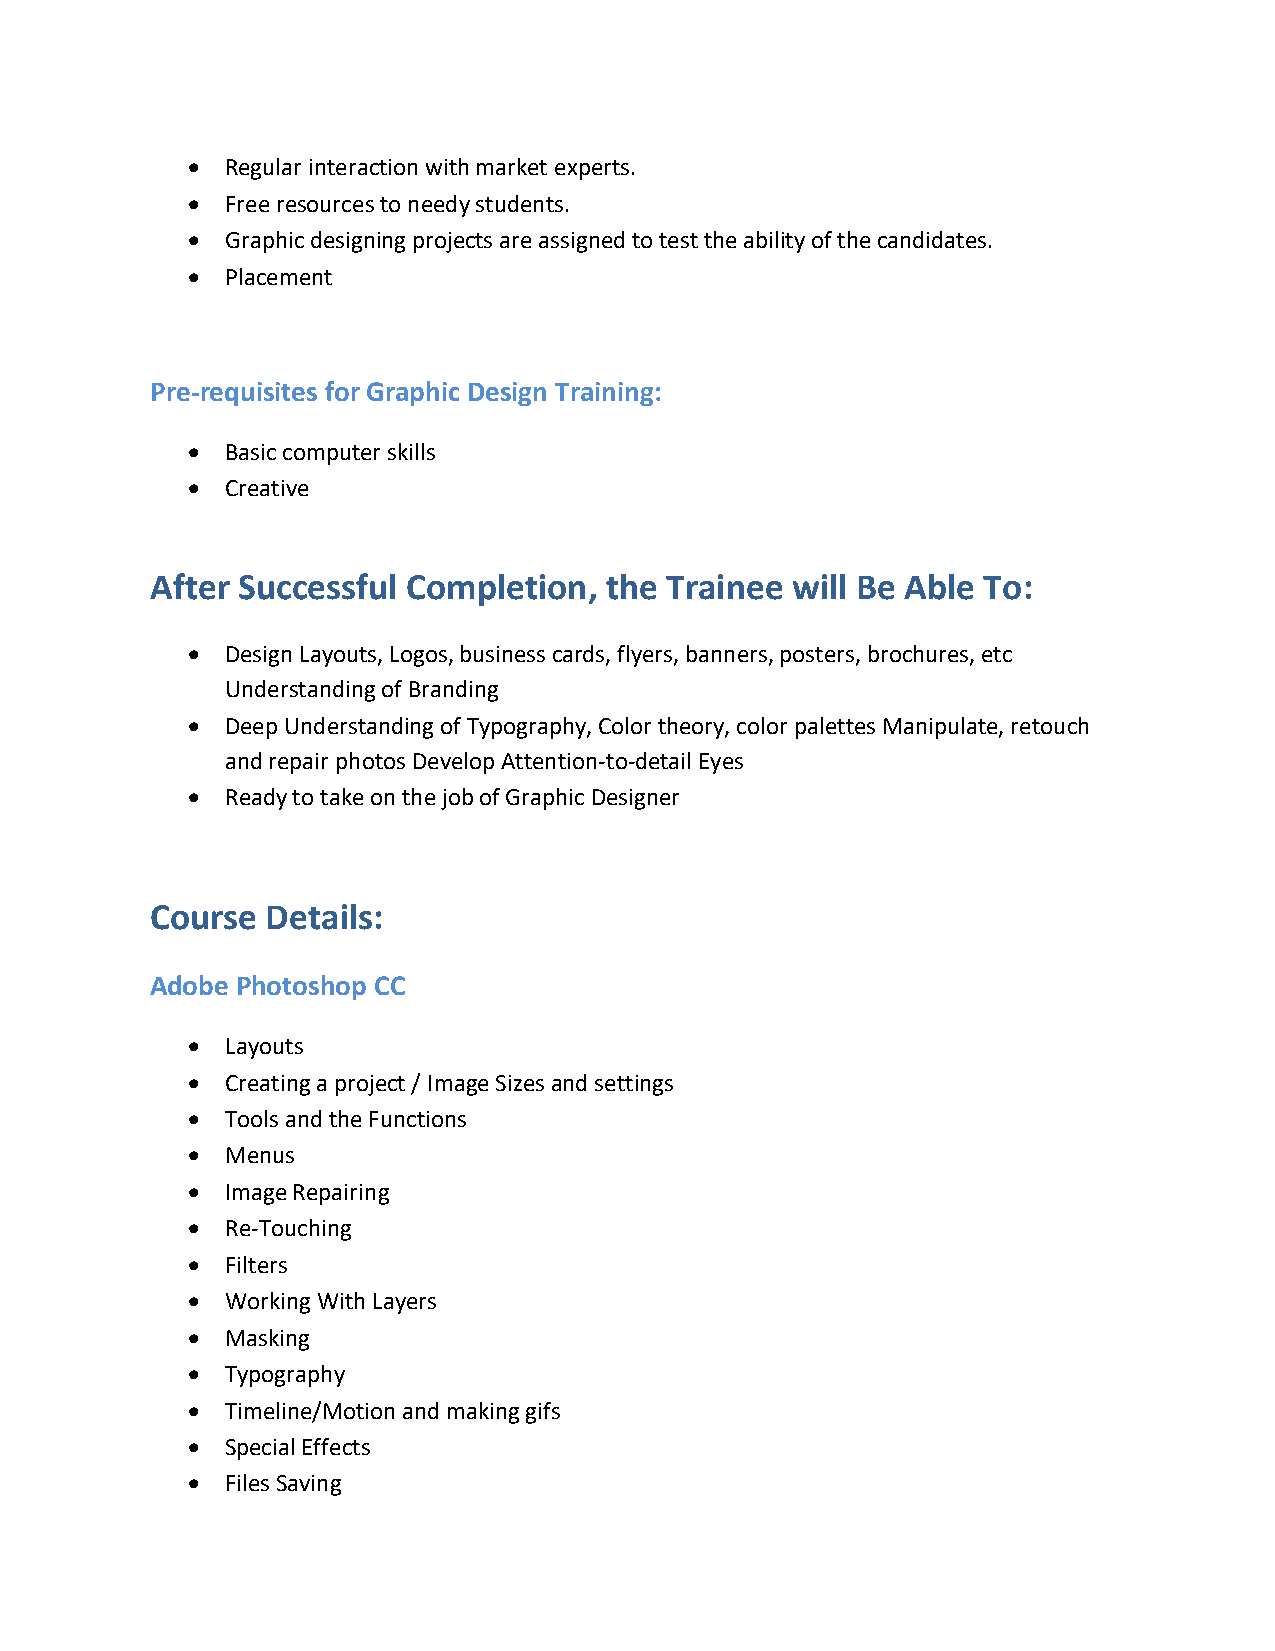
•  Regular interaction with market experts.
 •  Free resources to needy students.
 •  Graphic designing projects are assigned to test the ability of the candidates.
 •  Placement
 Pre-requisites for Graphic Design Training:
 •  Basic computer skills
 •  Creative
 After Successful Completion,  the Trainee will Be Able To:
 •  Design Layouts, Logos, business cards, flyers, banners, posters, brochures, etc
 Understanding of Branding
 •  Deep Understanding of Typography, Color theory, color palettes Manipulate, retouch
 and repair photos Develop Attention-to-detail Eyes
 •  Ready to take on the job of Graphic Designer
 Course  Details:
 Adobe Photoshop CC
 •  Layouts
 •  Creating a project / Image Sizes and settings
 •  Tools and the Functions
 •  Menus
 •  Image Repairing
 •  Re-Touching
 •  Filters
 •  Working With Layers
 •  Masking
 •  Typography
 •  Timeline/Motion and making gifs
 •  Special Effects
 •  Files Saving